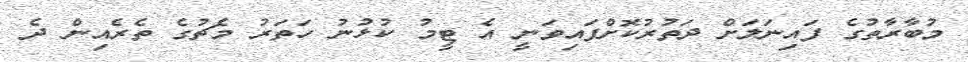
މުބާރާތުގެ ފައިނަލަށް ދަތުރުކޮށްފައިވަނީ އެ ޓީމު ކުޅުނު ހަތަރު މެޗުގެ ތެރެއިން ދެ